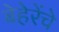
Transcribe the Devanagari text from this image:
बेहेरेंचे